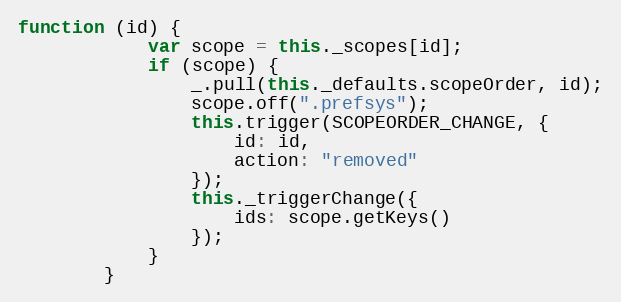
Language: JavaScript
function (id) {
            var scope = this._scopes[id];
            if (scope) {
                _.pull(this._defaults.scopeOrder, id);
                scope.off(".prefsys");
                this.trigger(SCOPEORDER_CHANGE, {
                    id: id,
                    action: "removed"
                });
                this._triggerChange({
                    ids: scope.getKeys()
                });
            }
        }